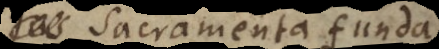
a Sacramenta funda